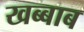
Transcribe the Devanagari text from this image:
खब्बाब